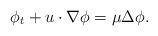
LaTeX: \begin{align*}\phi_t+u\cdot \nabla \phi=\mu\Delta \phi.\end{align*}